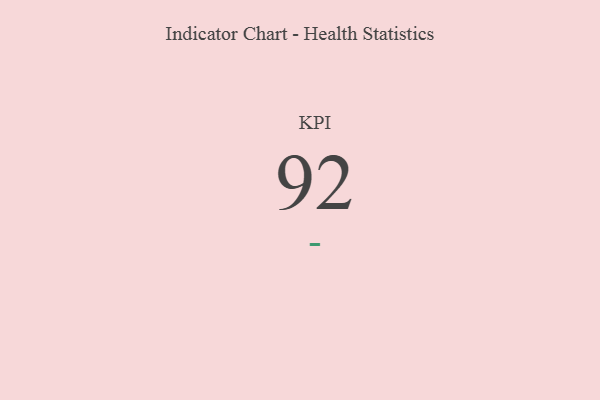
{"axis": {"x": "KPI", "y": "Value"}, "legend": [""], "data": [{"x": "KPI", "y": 92, "type": ""}]}